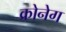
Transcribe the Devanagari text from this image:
क्रोनेग